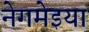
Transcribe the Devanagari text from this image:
नेगमेइया